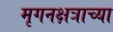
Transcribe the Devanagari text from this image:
मृगनक्षत्राच्या